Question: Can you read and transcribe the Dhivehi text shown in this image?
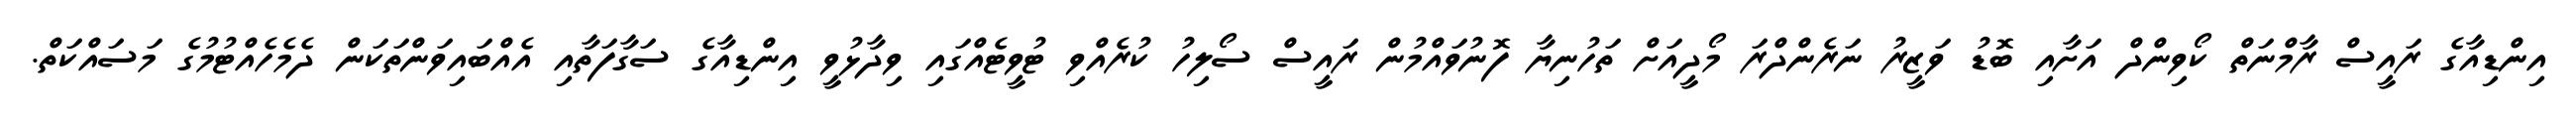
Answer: އިންޑިއާގެ ރައީސް ރާމްނަތް ކޯވިންދް އަށާއި ބޮޑު ވަޒީރު ނަރެންދްރަ މޯދީއަށް ތަހުނިޔާ ފޮނުވައްމުން ރައީސް ސޯލިހު ކުރެއްވި ޓުވީޓެއްގައި ވިދާޅުވީ އިންޑިއާގެ ސަގާފަތާއި އެއްބައިވަންތަކަން ދެމެހެއްޓުމުގެ މަސައްކަތް.